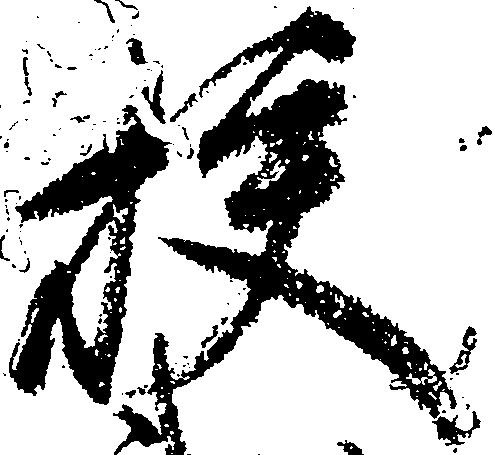
校